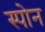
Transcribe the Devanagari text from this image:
स्पोन